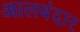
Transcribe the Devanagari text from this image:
आलबंदार